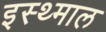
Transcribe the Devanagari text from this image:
इस्थ्माल